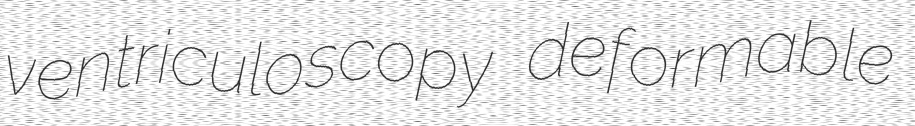
ventriculoscopy deformable